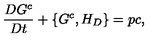
\frac { D G ^ { c } } { D t } + \{ G ^ { c } , H _ { D } \} = p c ,